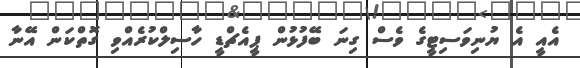
އެއީ އެ ޔުނިވަސިޓީގެ ވެސް ގިނަ ބޭފުޅުން ޕީއެޗްޑީ ހާސިލްކުރެއްވި ގޮތްކަން އޭނާ